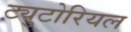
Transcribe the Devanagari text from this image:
ट्युटोरियल